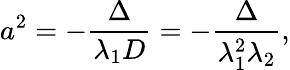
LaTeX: a^{2}=-{\frac{\Delta}{\lambda_{1}D}}=-{\frac{\Delta}{\lambda_{1}^{2}\lambda_{2}}},